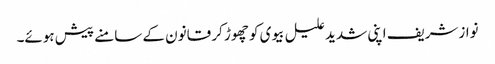
نوازشریف اپنی شدید علیل بیوی کو چھوڑ کر قانون کے سامنے پیش ہوئے۔